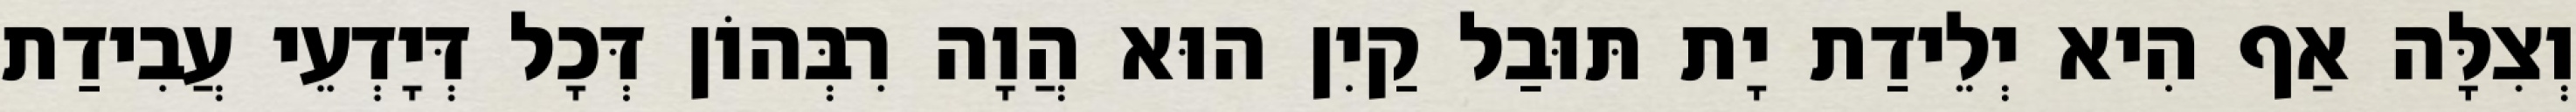
וְצִלָּה אַף הִיא יְלֵידַת יָת תּוּבַל קַיִן הוּא הֲוָה רִבְּהוֹן דְּכָל דְּיָדְעֵי עֲבִידַת